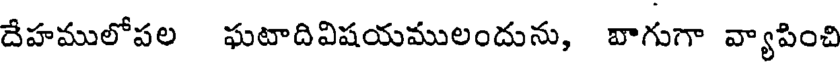
దేహములోపల ఘటాదివిషయములందును, వాగుగా వ్యాపించి